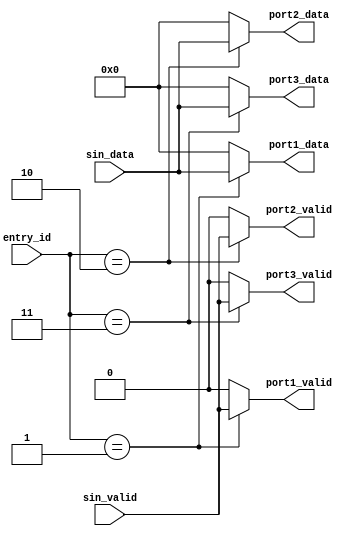
`timescale 1ns / 1ps
//////////////////////////////////////////////////////////////////////////////////
// Company: 
// Engineer: 
// 
// Design Name: 
// Module Name: port_deserializer
// Project Name: 
// Target Devices: 
// Tool Versions: 
// Description: 
// 
// Dependencies: 
// 
// Revision:
// Revision 0.01 - File Created
// Additional Comments:
// 
//////////////////////////////////////////////////////////////////////////////////


module port_deserializer #(parameter WIDTH=8) (
    input   wire    [WIDTH-1:0]     sin_data,
    input   wire                    sin_valid,
    input   wire    [1:0]           entry_id,

    output  reg    [WIDTH-1:0]     port1_data,
    output  reg                    port1_valid,
    output  reg    [WIDTH-1:0]     port2_data,
    output  reg                    port2_valid,
    output  reg    [WIDTH-1:0]     port3_data,
    output  reg                    port3_valid
);

// playing around with defines
`define PORT_ID_1       1
`define PORT_ID_2       2    
`define PORT_ID_3       3
`define PORT_ID_INVALID 0

always @ (*) begin
    casez (entry_id)
        `PORT_ID_1 : begin
            port1_data  = sin_data;
            port1_valid = sin_valid;
            port2_data  = 0;
            port2_valid = 0;
            port3_data  = 0;
            port3_valid = 0;
        end

        `PORT_ID_2 : begin
            port1_data  = 0;
            port1_valid = 0;
            port2_data  = sin_data;
            port2_valid = sin_valid;
            port3_data  = 0;
            port3_valid = 0;
        end

        `PORT_ID_3 : begin
            port1_data  = 0;
            port1_valid = 0;
            port2_data  = 0;
            port2_valid = 0;
            port3_data  = sin_data;
            port3_valid = sin_valid;
        end

        default: begin
            port1_data  = 0;
            port1_valid = 0;
            port2_data  = 0;
            port2_valid = 0;
            port3_data  = 0;
            port3_valid = 0;
        end
    endcase
end

endmodule

`undef PORT_ID_1      
`undef PORT_ID_2      
`undef PORT_ID_3      
`undef PORT_ID_INVALID